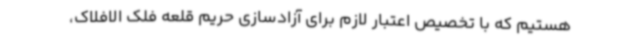
هستیم که با تخصیص اعتبار لازم برای آزادسازی حریم قلعه فلک الافلاک،